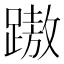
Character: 𨄨